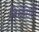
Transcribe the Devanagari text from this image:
निसेसिटी